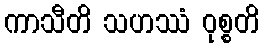
ကာသီတိ သဟဿံ ဝုစ္စတိ